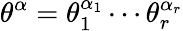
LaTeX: \theta^{\alpha}=\theta_{1}^{\alpha_{1}}\cdots\theta_{r}^{\alpha_{r}}